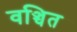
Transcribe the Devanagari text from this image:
वञ्चित